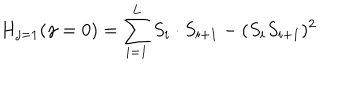
LaTeX: H _ { j = 1 } ( \gamma = 0 ) = \sum _ { i = 1 } ^ { L } S _ { i } \cdot S _ { i + 1 } - ( S _ { i } S _ { i + 1 } ) ^ { 2 }